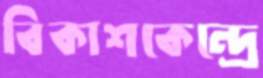
বিকাশকেন্দ্রে